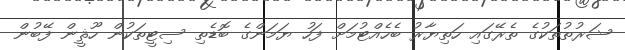
ޝަރުތުތަކުގެ ތެރޭގައި ހަތިޔާރު ބެހެއްޓުމަށް ފަހު ޔަމަންގެ ބޮޑެތި ސިޓީތަކުން ހޫޘީން ފޭބުން